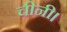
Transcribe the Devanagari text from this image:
चीनी।